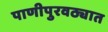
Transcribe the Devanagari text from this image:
पाणीपुरवठ्यात